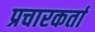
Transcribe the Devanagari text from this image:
प्रचारकर्ता